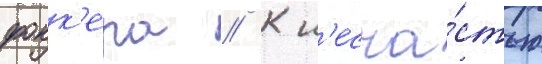
фокк'ера // К н'есча́стью